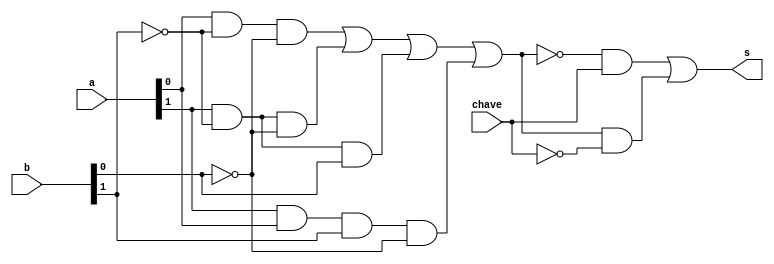
//Maior e menor
//Wadson Ferreira
//460631
//(b*c'*d')+(a*c'*d')+(a*c'*d)+(a*b*c*d')
//OBS: No foi possivel fazer com simplificao
module maior(output s, input[1:0] a, input[1:0] b, input chave);
	wire notc, notd;
	not N1(notc,b[1]);
	not N2(notd,b[0]);
	wire anda, andb, andc, andd;
	and A1(anda,a[0],notc,notd);
	and A2(andb,a[1],notc,notd);
	and A3(andc,a[1],notc,b[0]);
	and A4(andd,a[1],a[0],b[1],notd);
	wire ora;
	or O1(ora,anda,andb,andc,andd);
	wire andMaior, andMenor, chaveN, oraN;
	not N3(oraN,ora);
	not N4(chaveN,chave);
	and A5(andMaior,ora,chaveN);	
	and A6(andMenor,oraN,chave);
	or  O2(s,andMenor,andMaior);
endmodule

module teste;
	wire saida;
	reg[1:0] entradaA, entradaB;
	reg chave;
	maior M(saida,entradaA,entradaB,chave);
	initial begin
		#1 $display("0=entradaA>entradaB    1=entradaA<=entradaB");
		   $display("Mostrando para chave=0");
		#1 entradaA=2'b00; entradaB=2'b00; chave=0;
		#1 $monitor("A=%2b B=%2b Chave=%b Saida=%b",entradaA,entradaB,chave,saida);
		#1 entradaA=2'b00; entradaB=2'b00; chave=0;
		#1 entradaA=2'b00; entradaB=2'b01; chave=0;
		#1 entradaA=2'b00; entradaB=2'b10; chave=0;
		#1 entradaA=2'b00; entradaB=2'b11; chave=0;
		#1 entradaA=2'b01; entradaB=2'b00; chave=0;
		#1 entradaA=2'b01; entradaB=2'b01; chave=0;
		#1 entradaA=2'b01; entradaB=2'b10; chave=0;
		#1 entradaA=2'b01; entradaB=2'b11; chave=0;
		#1 entradaA=2'b10; entradaB=2'b00; chave=0;
		#1 entradaA=2'b10; entradaB=2'b01; chave=0;
		#1 entradaA=2'b10; entradaB=2'b10; chave=0;
		#1 entradaA=2'b10; entradaB=2'b11; chave=0;
		#1 entradaA=2'b11; entradaB=2'b00; chave=0;
		#1 entradaA=2'b11; entradaB=2'b01; chave=0;
		#1 entradaA=2'b11; entradaB=2'b10; chave=0;
		#1 entradaA=2'b11; entradaB=2'b11; chave=0;

		#1 $display("Mostrando para chave=1");
		#1 entradaA=2'b00; entradaB=2'b00; chave=1;
		#1 entradaA=2'b00; entradaB=2'b00; chave=1;
		#1 entradaA=2'b00; entradaB=2'b01; chave=1;
		#1 entradaA=2'b00; entradaB=2'b10; chave=1;
		#1 entradaA=2'b00; entradaB=2'b11; chave=1;
		#1 entradaA=2'b01; entradaB=2'b00; chave=1;
		#1 entradaA=2'b01; entradaB=2'b01; chave=1;
		#1 entradaA=2'b01; entradaB=2'b10; chave=1;
		#1 entradaA=2'b01; entradaB=2'b11; chave=1;
		#1 entradaA=2'b10; entradaB=2'b00; chave=1;
		#1 entradaA=2'b10; entradaB=2'b01; chave=1;
		#1 entradaA=2'b10; entradaB=2'b10; chave=1;
		#1 entradaA=2'b10; entradaB=2'b11; chave=1;
		#1 entradaA=2'b11; entradaB=2'b00; chave=1;
		#1 entradaA=2'b11; entradaB=2'b01; chave=1;
		#1 entradaA=2'b11; entradaB=2'b10; chave=1;
		#1 entradaA=2'b11; entradaB=2'b11; chave=1;

	end
endmodule